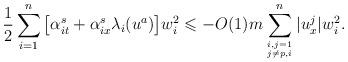
LaTeX: \begin{align*}\frac{1}{2} \sum_{i = 1}^n \big[\alpha_{it}^s + \alpha_{ix}^s \lambda_i(u^a)\big] w_i^2\leqslant - O(1) m \sum_{i,j = 1 \atop j \neq p,i }^n |u^j_x| w_i^2 .\end{align*}